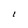
Character: l